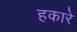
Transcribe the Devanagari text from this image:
हकारे